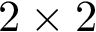
2 \times 2